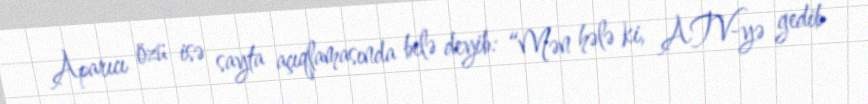
Aparıcı özü isə sayta açıqlamasında belə deyib: “Mən hələ ki, ATV-yə gedib